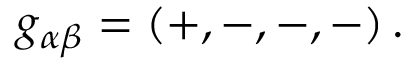
g _ { \alpha \beta } = \left( + , - , - , - \right) .